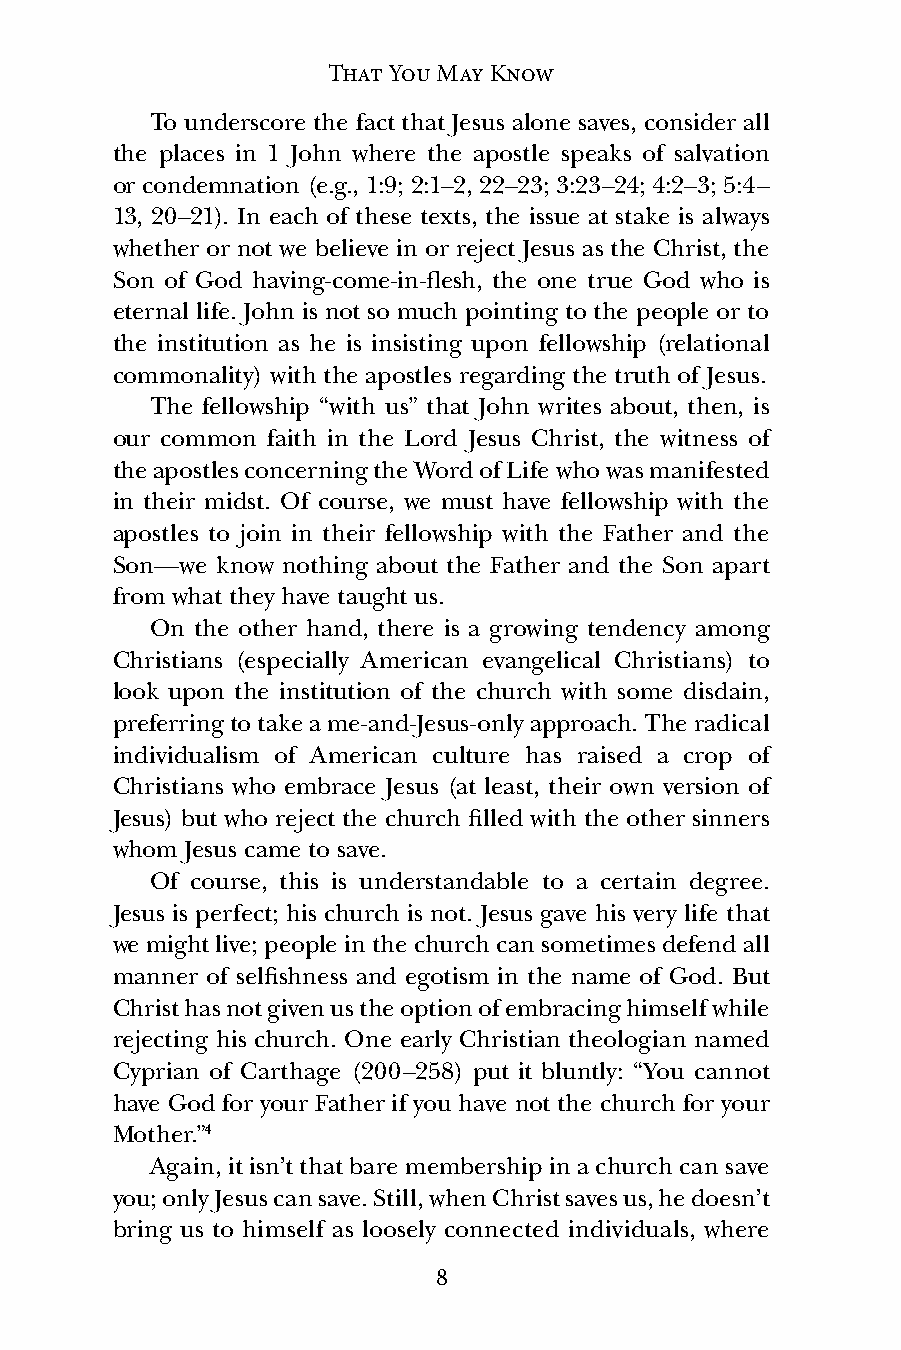
That You May Know
 To underscore the fact that Jesus alone saves, consider all
 the places in 1 John where the apostle speaks of salvation
 or condemnation (e.g., 1:9; 2:1–2, 22–23; 3:23–24; 4:2–3; 5:4–
 13, 20–21). In each of these texts, the issue at stake is always
 whether or not we believe in or reject Jesus as the Christ, the
 Son of God having-come-in-flesh, the one true God who is
 eternal life. John is not so much pointing to the people or to
 the institution as he is insisting upon fellowship (relational
 commonality) with the apostles regarding the truth of Jesus.
 The fellowship “with us” that John writes about, then, is
 our common faith in the Lord Jesus Christ, the witness of
 the apostles concerning the Word of Life who was manifested
 in their midst. Of course, we must have fellowship with the
 apostles to join in their fellowship with the Father and the
 Son—we know nothing about the Father and the Son apart
 from what they have taught us.
 On the other hand, there is a growing tendency among
 Christians (especially American evangelical Christians) to
 look upon the institution of the church with some disdain,
 preferring to take a me-and-Jesus-only approach. The radical
 individualism of American culture has raised a crop of
 Christians who embrace Jesus (at least, their own version of
 Jesus) but who reject the church filled with the other sinners
 whom Jesus came to save.
 Of course, this is understandable to a certain degree.
 Jesus is perfect; his church is not. Jesus gave his very life that
 we might live; people in the church can sometimes defend all
 manner of selfishness and egotism in the name of God. But
 Christ has not given us the option of embracing himself while
 rejecting his church. One early Christian theologian named
 Cyprian of Carthage (200–258) put it bluntly: “You cannot
 have God for your Father if you have not the church for your
 Mother.”4
 Again, it isn’t that bare membership in a church can save
 you; only Jesus can save. Still, when Christ saves us, he doesn’t
 bring us to himself as loosely connected individuals, where
 8